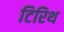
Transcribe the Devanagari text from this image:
टिरिथ